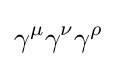
\gamma ^{\mu }\gamma ^{\nu }\gamma ^{\rho }